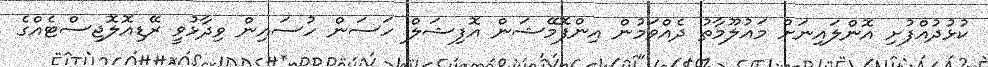
ކުޅުދުއްފުށި އޮންލައިނަށް މައުލޫމާތު ދެއްވަމުން އިންފޮމޭޝަން އޮފިޝަލް ހަސަން ހުސައިން ވިދާޅުވީ ރޭޑިއޮލޮޖިސްޓެއްގެ